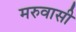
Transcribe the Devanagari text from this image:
मरुवासी